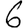
Digit: 6